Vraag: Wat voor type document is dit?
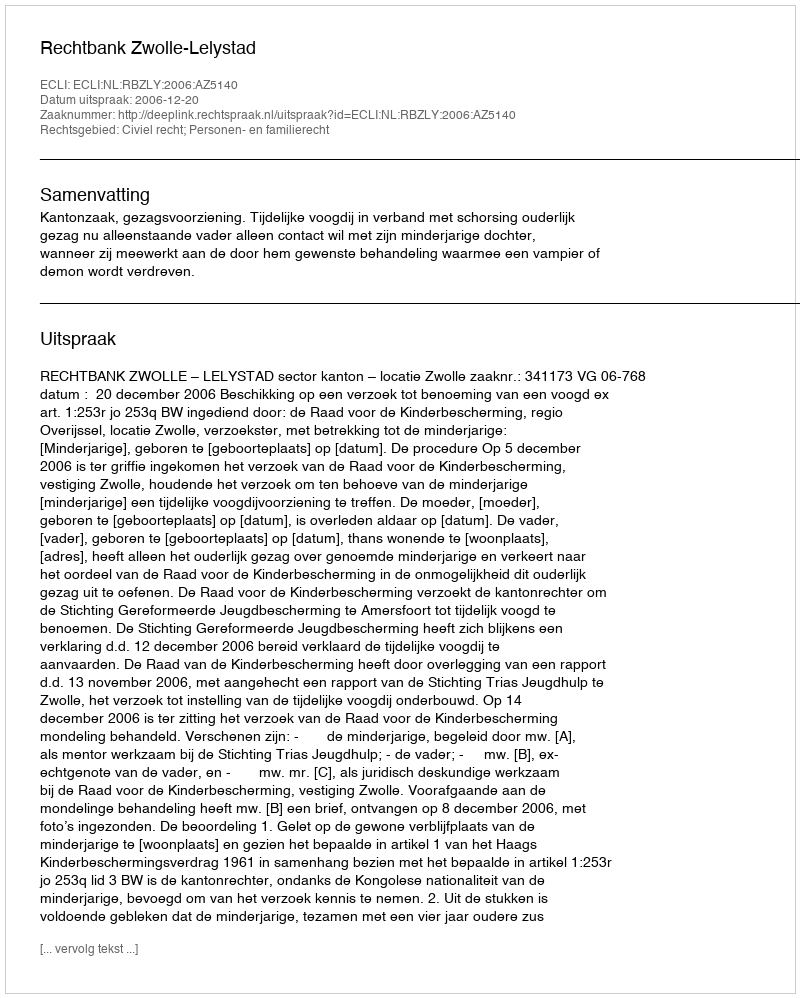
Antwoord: Uitspraak